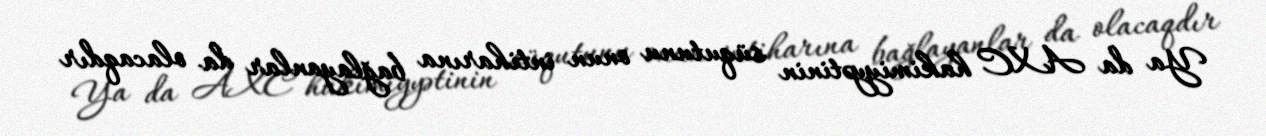
Ya da AXC hakimiyyətinin süqutunu onun intiharına bağlayanlar da olacaqdır